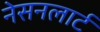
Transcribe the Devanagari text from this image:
नेसनलार्ट